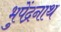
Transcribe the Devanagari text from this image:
भुपेंद्रनाथ